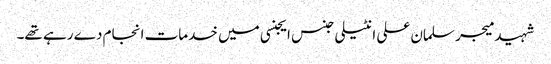
شہید میجر سلمان علی انٹیلی جنس ایجنسی میں خدمات انجام دے رہے تھے۔